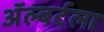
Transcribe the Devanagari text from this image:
ॲल्बर्टला